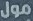
مول